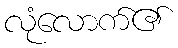
လုံလောက်၏